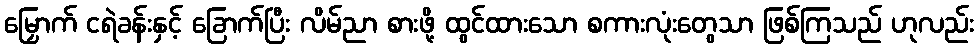
မြှောက် ငရဲခန်းနှင့် ခြောက်ပြီး လိမ်ညာ စားဖို့ ထွင်ထားသော စကားလုံးတွေသာ ဖြစ်ကြသည် ဟုလည်း